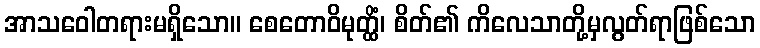
အာသဝေါတရားမရှိသော။ စေတောဝိမုတ္ထိံ၊ စိတ်၏ ကိလေသာတို့မှလွတ်ရာဖြစ်သော